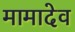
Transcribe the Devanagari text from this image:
मामादेव